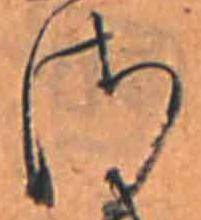
さ